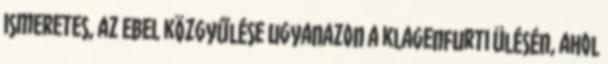
ismeretes, az EBEL közgyűlése ugyanazon a klagenfurti ülésén, ahol